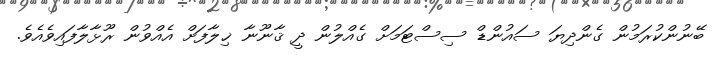
ބޭނުންކުރަމުން ގެންދިޔަ ސައުންޑް ސިސްޓަމަށް ގެއްލުން ދީ ޤާނޫނާ ޚިލާފަށް އެއްވުން ރޫޅާލާފައިވެއެވެ.